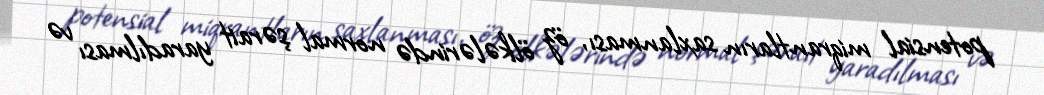
potensial miqrantların saxlanması, öz ölkələrində normal şərait yaradılması və